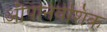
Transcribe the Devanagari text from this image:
औपनिवेशिक